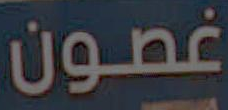
غصون